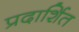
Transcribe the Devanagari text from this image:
प्रदार्शित